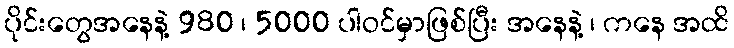
ပိုင်းတွေအနေနဲ့ 980 ၊ 5000 ပါဝင်မှာဖြစ်ပြီး အနေနဲ့ ၊ ကနေ အထိ